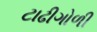
ટાઢીગોળી